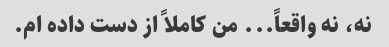
نه، نه واقعاً... من کاملاً از دست داده ام.